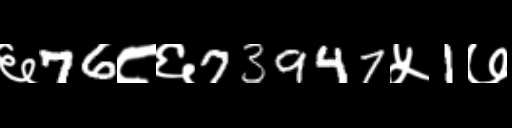
Text: ६76८६73947५1७